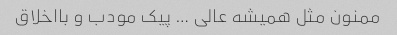
ممنون مثل همیشه عالی … پیک مودب و بااخلاق